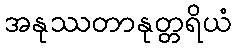
အနုဿတာနုတ္တရိယံ